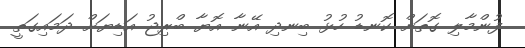
ފުންމާލި ގޮތަށް ކޮނޑު ހުޅު ބިނދި އޭނާ އޮޔާ ބްރިޖު އަޑިޔަށް ދަމައިގަތީ